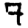
Digit: 7